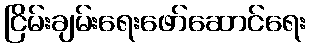
ငြိမ်းချမ်းရေးဖော်ဆောင်ရေး